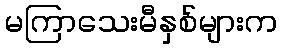
မကြာသေးမီနှစ်များက